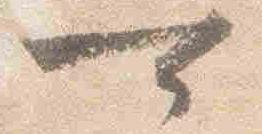
可